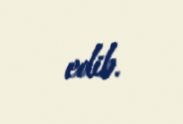
edib.